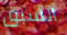
السبق